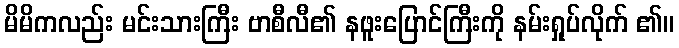
မိမိကလည်း မင်းသားကြီး ဗာစီလီ၏ နဖူးပြောင်ကြီးကို နမ်းရှုပ်လိုက် ၏။